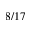
8 / 1 7